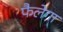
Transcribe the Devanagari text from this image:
फैलेगा